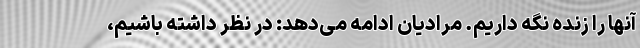
آنها را زنده نگه داریم. مرادیان ادامه می‌دهد: در نظر داشته باشیم،